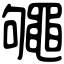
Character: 䵶